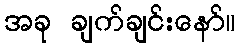
အခု ချက်ချင်းနော်။